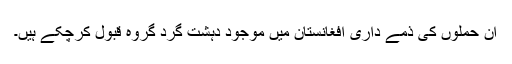
ان حملوں کی ذمے داری افغانستان میں موجود دہشت گرد گروہ قبول کرچکے ہیں۔